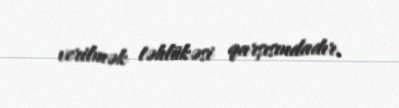
verilmək təhlükəsi qarşısındadır.